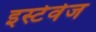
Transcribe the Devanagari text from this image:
इस्टेवेज